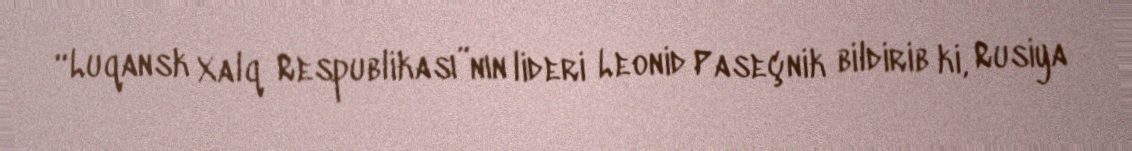
“Luqansk Xalq Respublikası”nın lideri Leonid Paseçnik bildirib ki, Rusiya